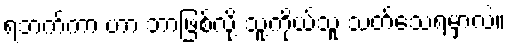
ရဘက်ကာ ဟာ ဘာဖြစ်လို့ သူ့ကိုယ်သူ သတ်သေရမှာလဲ။